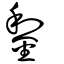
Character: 鋫